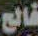
فالح